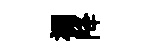
裯降